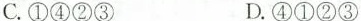
C.①④②③ D.④①②③